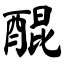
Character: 醌